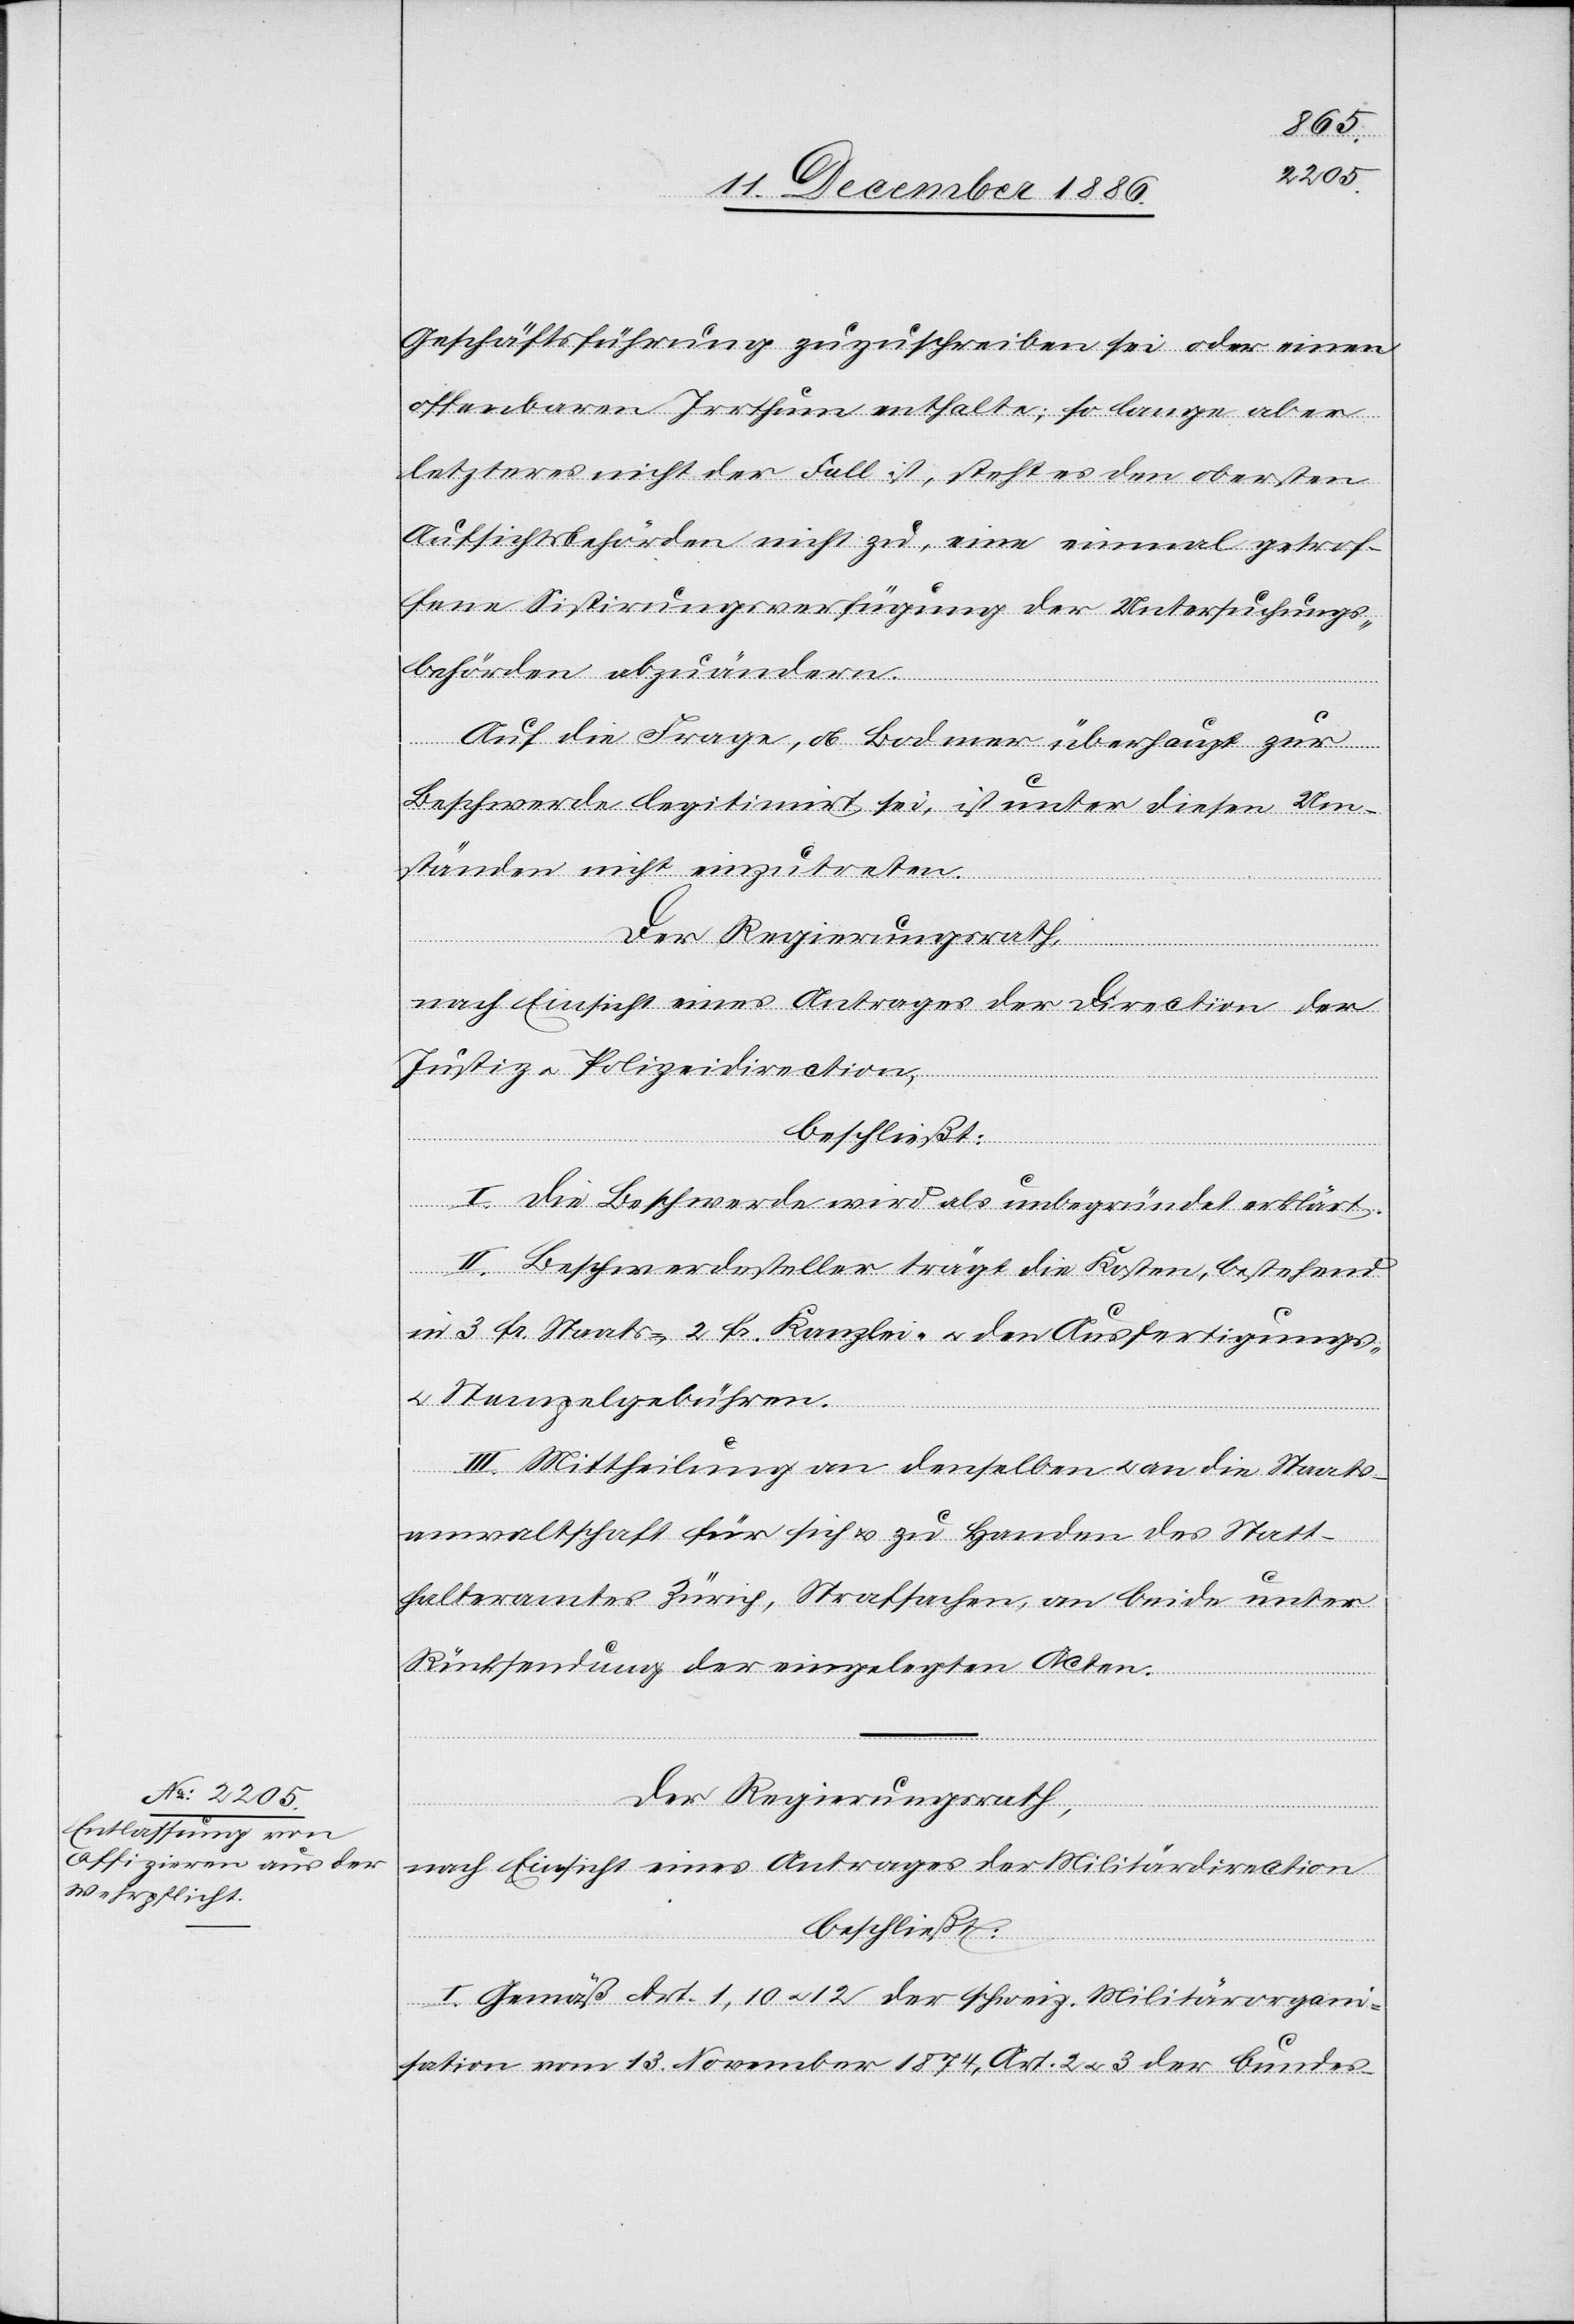
Geschäftsführung zuzuschreiben sei oder einen
offenbaren Irrthum enthalte; so lange aber
letzteres nicht der Fall ist, steht es den obersten
Aufsichtsbehörden nicht zu, eine einmal getrof¬
fene Sistirungsverfügung der Untersuchungs¬
behörden abzuändern.
Auf die Frage, ob Bodmer überhaupt zur
Beschwerde legitimirt sei, ist unter diesen Um¬
ständen nicht einzutreten.
Der Regierungsrath,
nach Einsicht eines Antrages der Direction der
Justiz & Polizeidirection,
beschließt:
I. Die Beschwerde wird als unbegründet erklärt.
II. Beschwerdesteller trägt die Kosten, bestehend
in 3 Fr. Staats-, 2 Fr. Kanzlei- & den Ausfertigungs-
& Stempelgebühren.
III. Mittheilung an denselben & an die Staats¬
anwaltschaft für sich & zu Handen des Statt¬
halteramts Zürich, Strafsachen, an beide unter
Rücksendung der eingelegten Acten.
Der Regierungsrath,
nach Einsicht eines Antrages der Militärdirection
beschließt:
I. Gemäß Art. 1, 10 & 12 der schweiz. Militärorgani¬
sation vom 13. November 1874, Art. 2 & 3 der bundes-